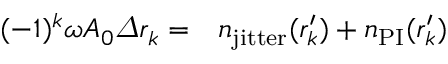
\begin{array} { r l } { ( - 1 ) ^ { k } \omega A _ { 0 } \varDelta r _ { k } = } & { { } n _ { \mathrm { j i t t e r } } ( r _ { k } ^ { \prime } ) + n _ { \mathrm { P I } } ( r _ { k } ^ { \prime } ) } \end{array}